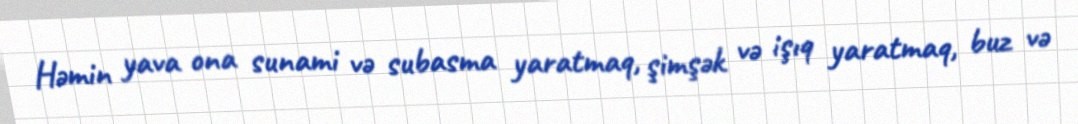
Həmin yava ona sunami və subasma yaratmaq, şimşək və işıq yaratmaq, buz və